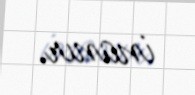
inanır.